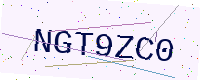
Text: NGT9ZC0